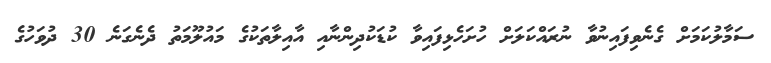
ސަމާލުކަމަށް ގެނެވިފައިނުވާ ނުރައްކަލަށް ހުށަހެޅިފައިވާ ކުޑަކުދިންނާއި އާއިލާތަކުގެ މައުލޫމަތު ދެނެގަނެ 30 ދުވަހުގެ